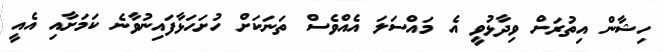
ހިޝާން އިތުރަށް ވިދާޅުވީ އެ މައްސަލަ އެއްވެސް ތަނަކަށް ހުށަހަޅާފައިނުވާނެ ކަމަށާއި އެއީ